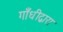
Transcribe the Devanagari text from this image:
गाँधीद्वारा